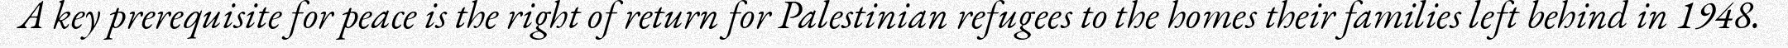
A key prerequisite for peace is the right of return for Palestinian refugees to the homes their families left behind in 1948.